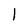
Character: 1